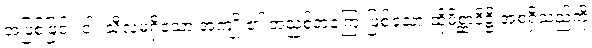
အဖြစ်ဖြင့်။ ဝါ၊ သီလမရှိသော အကျိုး၏ အညစ်အကြေးဖြစ်သော ထိုမိစ္ဆာဒိဋ္ဌိ အစရှိသည်ကို